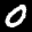
Label: 0